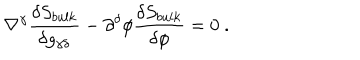
\nabla ^ { \gamma } { \frac { \delta S _ { b u l k } } { \delta g _ { \gamma \delta } } } - \partial ^ { \delta } \phi { \frac { \delta S _ { b u l k } } { \delta \phi } } = 0 \ .